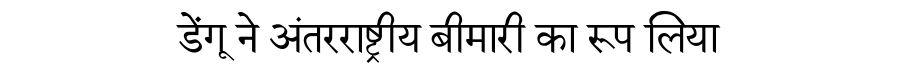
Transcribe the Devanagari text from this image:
डेंगू ने अंतरराष्ट्रीय बीमारी का रूप लिया